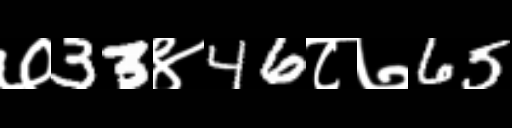
Text: ७33४46८७65